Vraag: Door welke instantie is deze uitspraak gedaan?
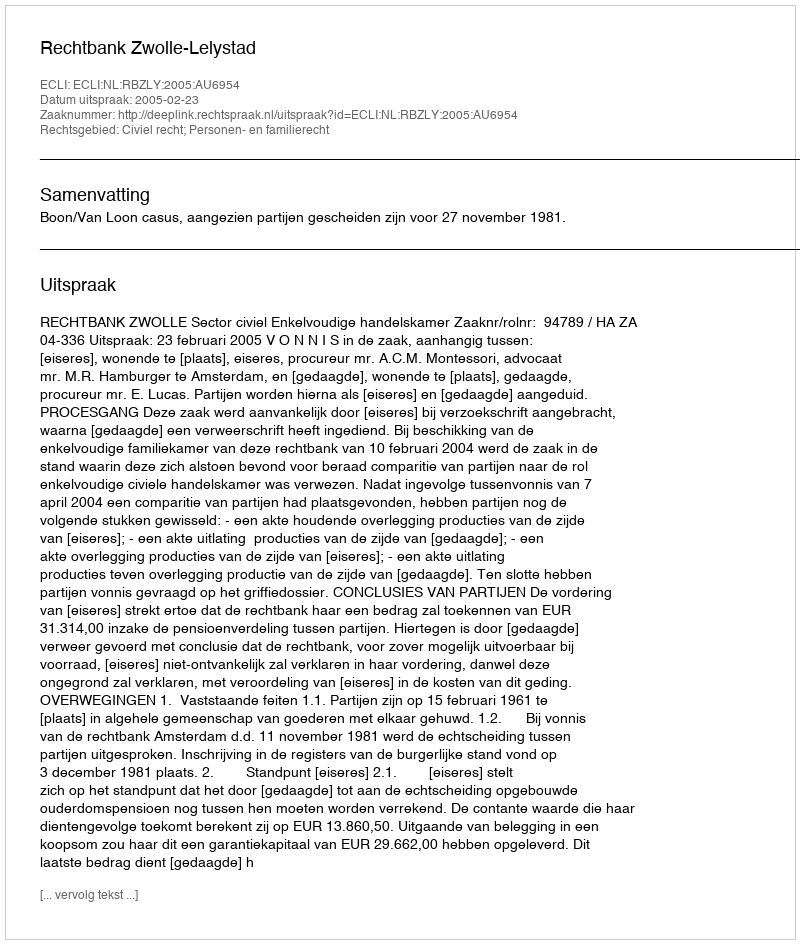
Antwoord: Rechtbank Zwolle-Lelystad